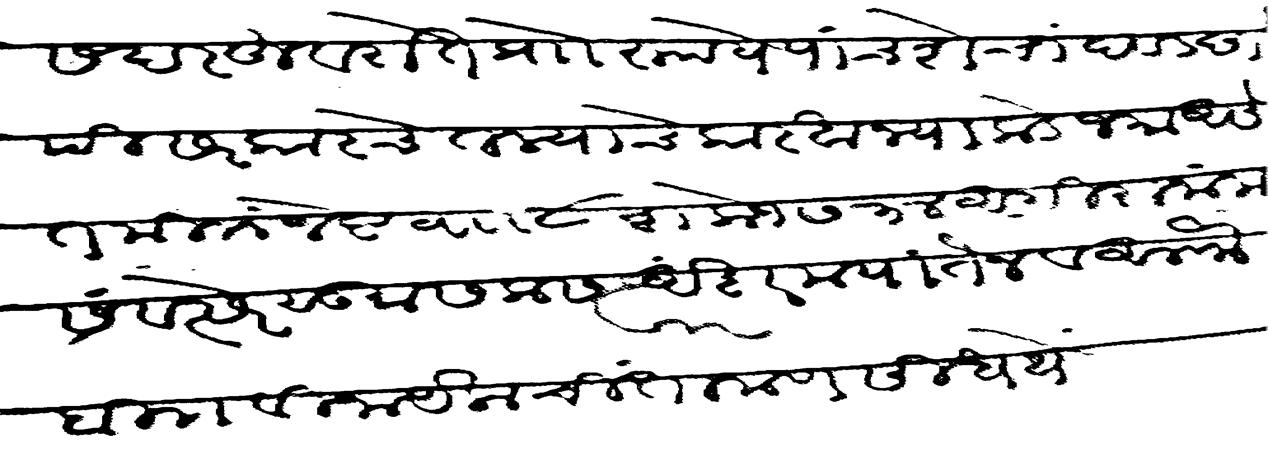
Transliteration (Devanagari): सदरहू वराते प्राो रुपये पाचशे चांदवड छापी सरकारचे तल्याचे कारखान्याकडे जमा असेत मि जेष्ट वा ८ शके १७३४ अंगिरा नाम संवत्सरे सु सलास अशर मयातेन व अलफ बि विनायक चिंतामण सिधये